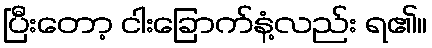
ပြီးတော့ ငါးခြောက်နံ့လည်း ရ၏။